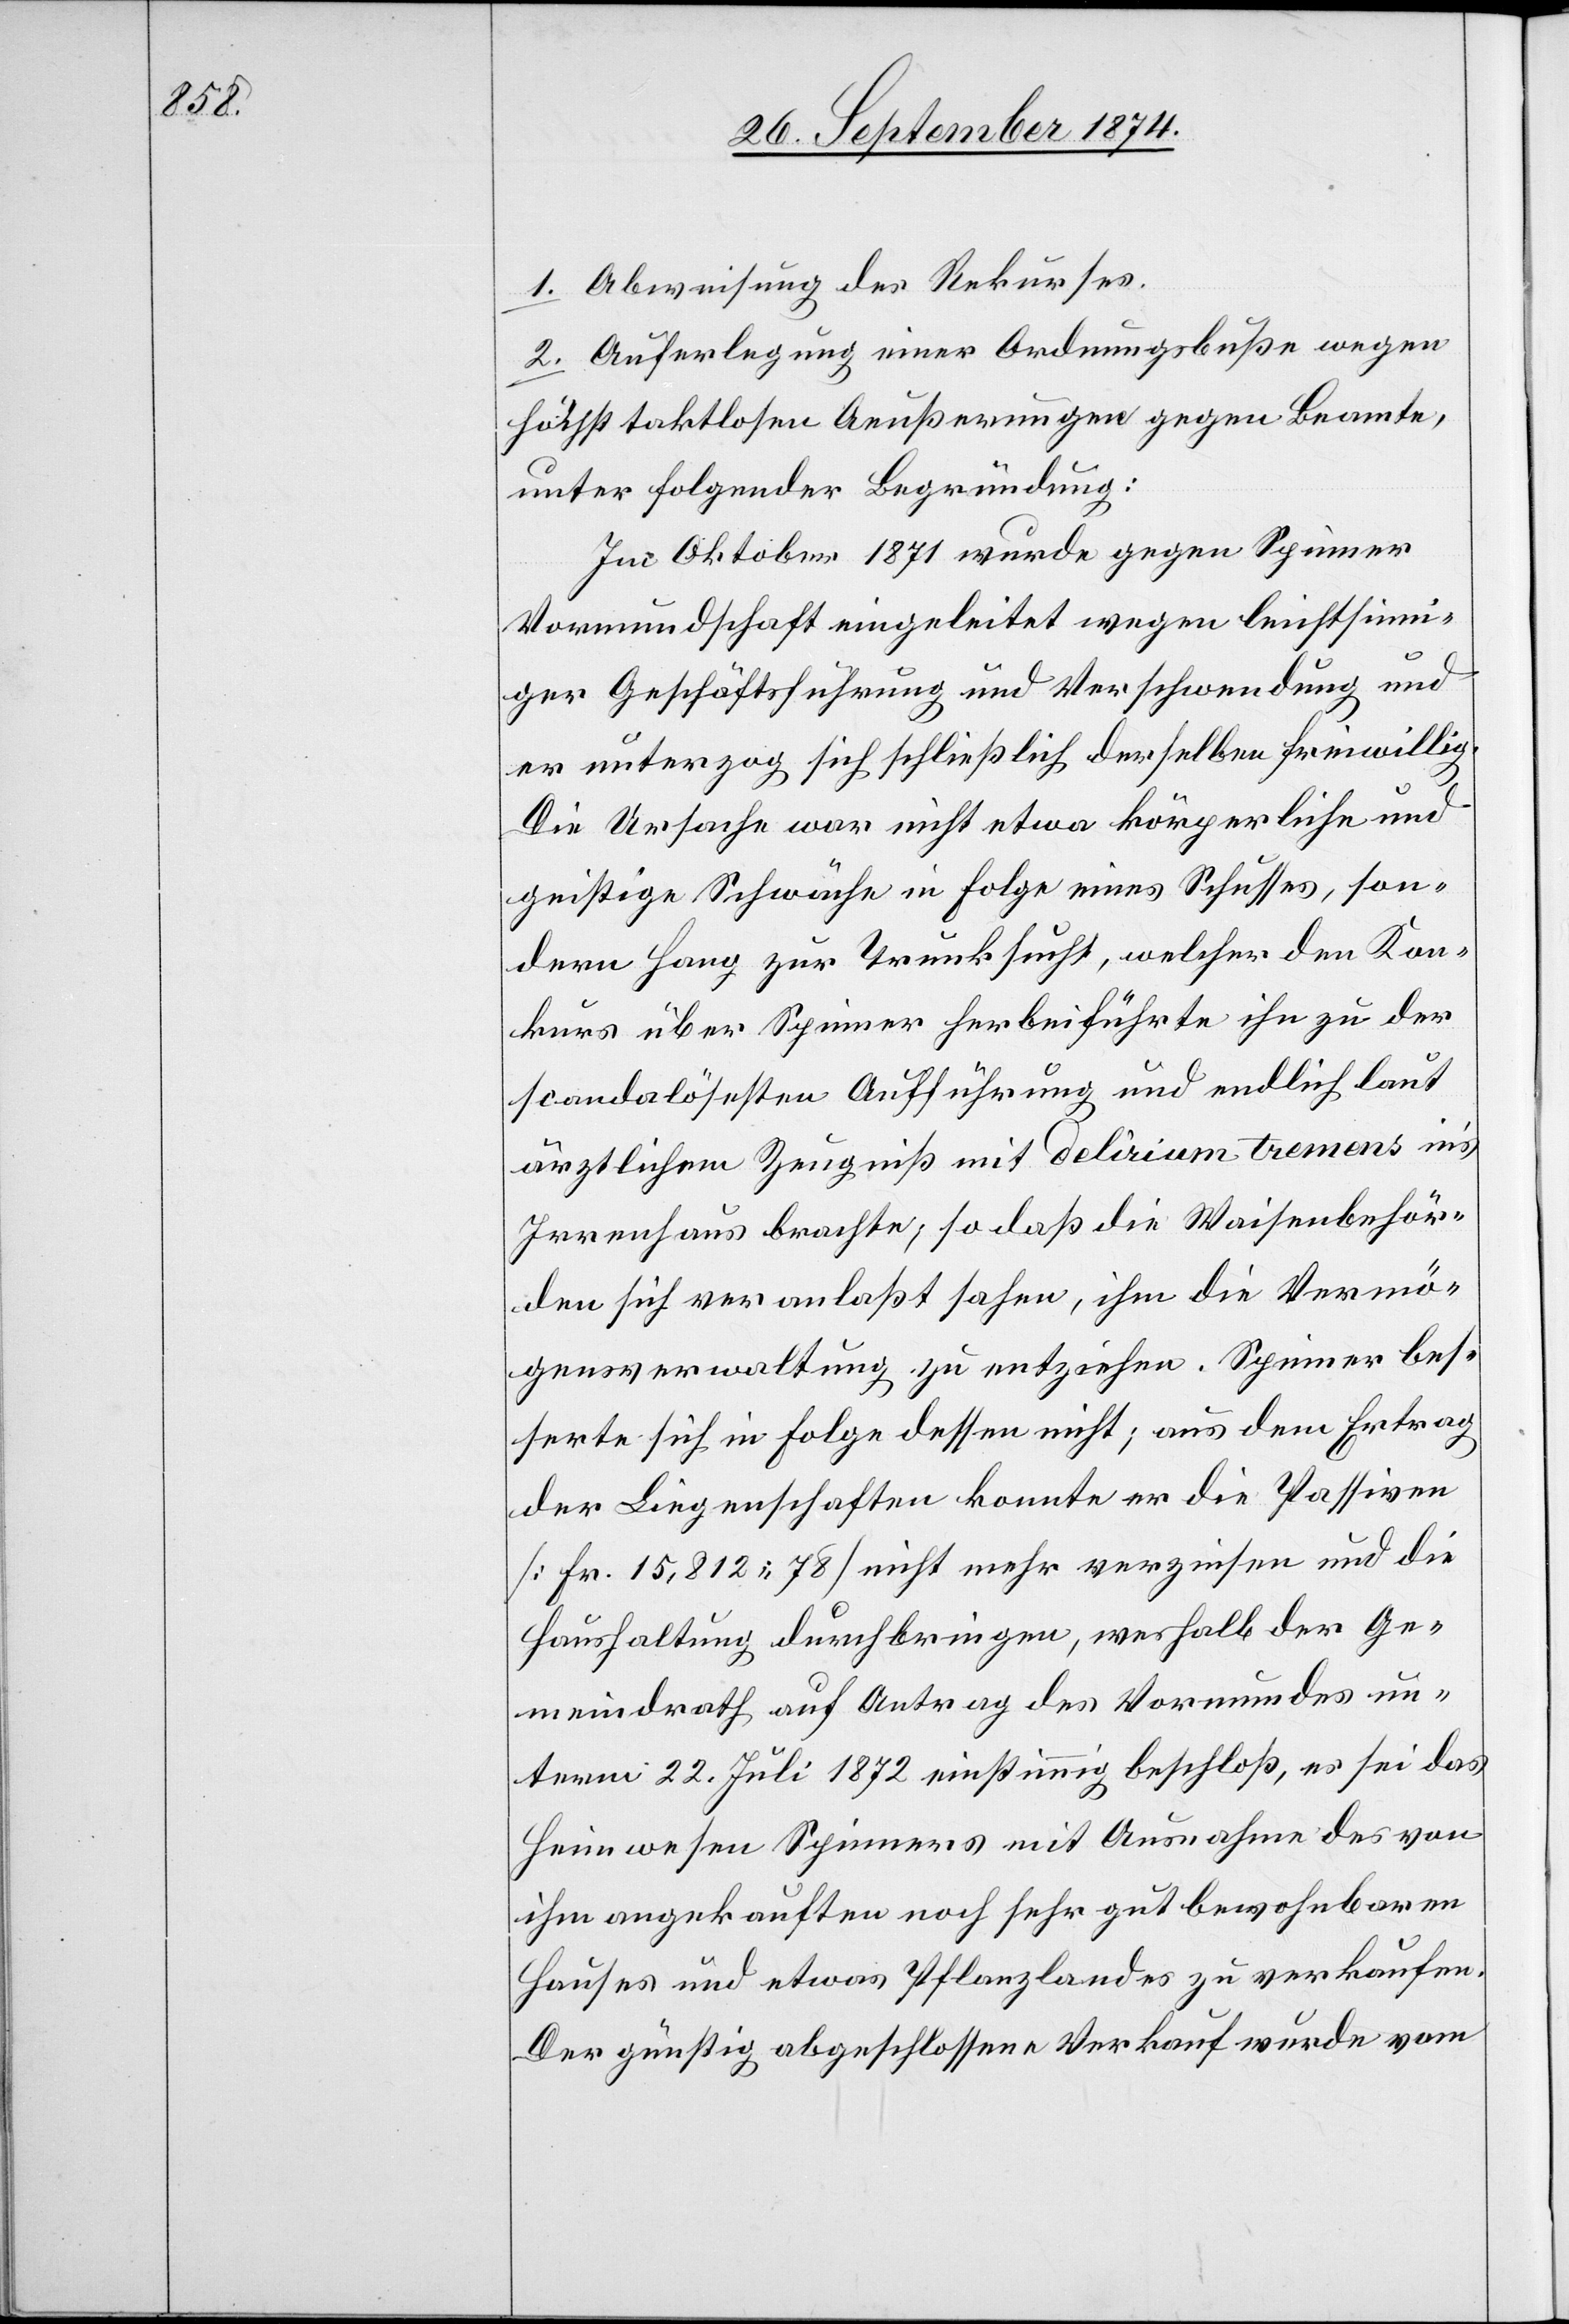
1. Abweisung des Rekurses.
2. Auferlegung einer Ordnungsbuße wegen
höchst taktlosen Aeußerungen gegen Beamte,
unter folgender Begründung:
Im Oktober 1871 wurde gegen Spinner
Vormundschaft eingeleitet wegen leichtsinn¬
iger Geschäftsführung und Verschwendung und
er unterzog sich schließlich derselben freiwillig.
Die Ursache war nicht etwa körperliche und
geistige Schwäche in Folge eines Schusses, son¬
dern Hang zur Trunksucht, welcher den Kon¬
kurs über Spinner herbeiführte[,] ihn zu der
scandalösesten Aufführung und endlich laut
ärztlichem Zeugniß mit delirium tremens in’s
Irrenhaus brachte; so daß die Waisenbehör¬
den sich veranlaßt sahen, ihm die Vermö¬
gensverwaltung zu entziehen. Spinner bes¬
serte sich in Folge dessen nicht; aus dem Ertrag
der Liegenschaften konnte er die Passiven
[Fr. 15,812.78] nicht mehr verzinsen und die
Haushaltung durchbringen, weshalb der Ge¬
meindrath auf Antrag des Vormundes un¬
term 22. Juli 1872 einstimmig beschloß, es sei das
Heimwesen Spinners mit Ausnahme des von
ihm angekauften noch sehr gut bewohnbaren
Hauses und etwas Pflanzlandes zu verkaufen.
Der günstig abgeschlossene Verkauf wurde vom